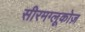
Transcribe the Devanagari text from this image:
सीरमग्लूकोज़